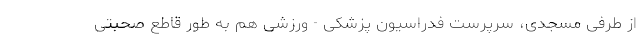
از طرفی مسجدی، سرپرست فدراسیون پزشکی - ورزشی هم به طور قاطع صحبتی